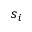
s _ { i }